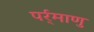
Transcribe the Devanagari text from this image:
पर्र्माणु